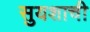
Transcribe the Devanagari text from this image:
सुयशाची